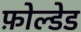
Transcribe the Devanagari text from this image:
फ़ोल्डेड